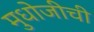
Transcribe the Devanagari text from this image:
मुधोजीची